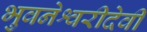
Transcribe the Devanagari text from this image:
भुवनेश्वरीदेवी